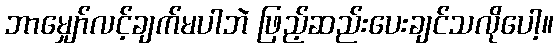
ဘာမျှော်လင့်ချက်မပါဘဲ ဖြည့်ဆည်းပေးချင်သလိုပေါ့။